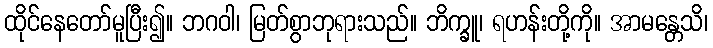
ထိုင်နေတော်မူပြီး၍။ ဘဂဝါ၊ မြတ်စွာဘုရားသည်။ ဘိက္ခူ၊ ရဟန်းတို့ကို။ အာမန္တေသိ၊